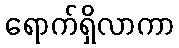
ရောက်ရှိလာကာ